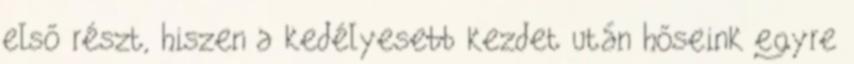
első részt, hiszen a kedélyesebb kezdet után hőseink egyre